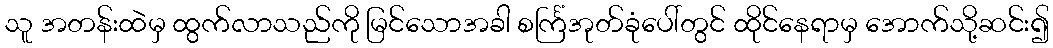
သူ အတန်းထဲမှ ထွက်လာသည်ကို မြင်သောအခါ စင်္ကြံအုတ်ခုံပေါ်တွင် ထိုင်နေရာမှ အောက်သို့ဆင်း၍